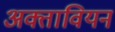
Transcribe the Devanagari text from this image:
अक्तावियन